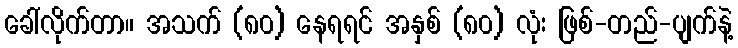
ခေါ်လိုက်တာ။ အသက် (၈၀) နေရရင် အနှစ် (၈၀) လုံး ဖြစ်-တည်-ပျက်နဲ့